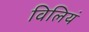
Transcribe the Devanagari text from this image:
विलियं